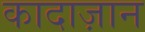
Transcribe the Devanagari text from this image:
कादाज़ान